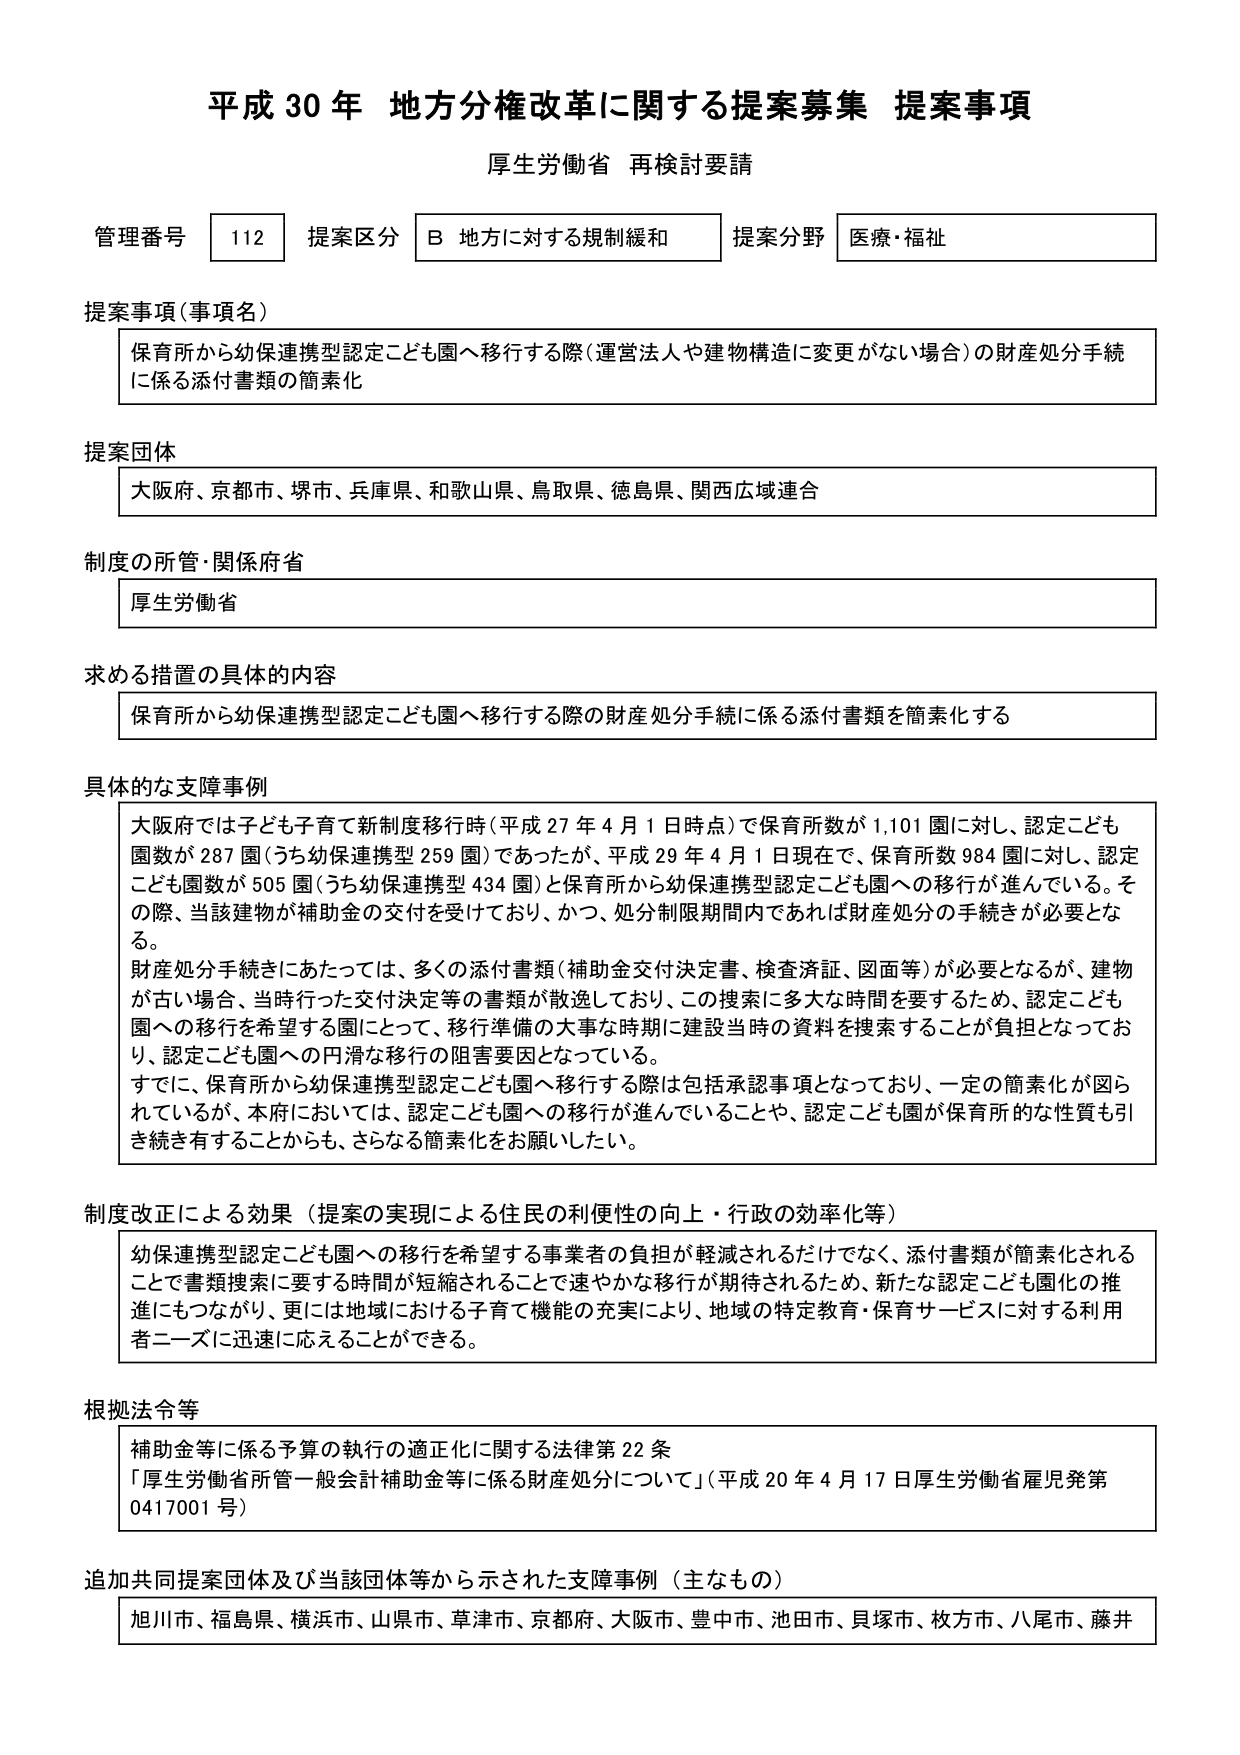
平成30年 地方分権改革に関する提案募集 提案事項
厚生労働省 再検討要請

管理番号 112 提案区分 B 地方に対する規制緩和 提案分野 医療・福祉

提案事項（事項名）
保育所から幼保連携型認定こども園へ移行する際（運営法人や建物構造に変更がない場合）の財産処分手続に係る添付書類の簡素化

提案団体
大阪府、京都市、堺市、兵庫県、和歌山県、鳥取県、徳島県、関西広域連合

制度の所管・関係府省
厚生労働省

求める措置の具体的内容
保育所から幼保連携型認定こども園へ移行する際の財産処分手続に係る添付書類を簡素化する

具体的な支障事例
大阪府では子ども子育て新制度移行時（平成27年4月1日時点）で保育所数が1,101園に対し、認定こども園数が287園（うち幼保連携型259園）であったが、平成29年4月1日現在で、保育所数984園に対し、認定こども園数が505園（うち幼保連携型434園）と保育所から幼保連携型認定こども園への移行が進んでいる。その際、当該建物が補助金の交付を受けており、かつ、処分制限期間内であれば財産処分の手続きが必要となる。
財産処分手続きにあたっては、多くの添付書類（補助金交付決定書、検査済証、図面等）が必要となるが、建物が古い場合、当時行った交付決定等の書類が散逸しており、この捜索に多大な時間を要するため、認定こども園への移行を希望する園にとって、移行準備の大事な時期に建設当時の資料を捜索することが負担となっており、認定こども園への円滑な移行の阻害要因となっている。
すでに、保育所から幼保連携型認定こども園へ移行する際は包括承認事項となっており、一定の簡素化が図られているが、本府においては、認定こども園への移行が進んでいることや、認定こども園が保育所的な性質も引き続き有することからも、さらなる簡素化をお願いしたい。

制度改正による効果（提案の実現による住民の利便性の向上・行政の効率化等）
幼保連携型認定こども園への移行を希望する事業者の負担が軽減されるだけでなく、添付書類が簡素化されることで書類捜索に要する時間が短縮されることで速やかな移行が期待されるため、新たな認定こども園化の推進にもつながり、更には地域における子育て機能の充実により、地域の特定教育・保育サービスに対する利用者ニーズに迅速に応えることができる。

根拠法令等
補助金等に係る予算の執行の適正化に関する法律第22条
「厚生労働省所管一般会計補助金等に係る財産処分について」（平成20年4月17日厚生労働省雇児発第0417001号）

追加共同提案団体及び当該団体等から示された支障事例（主なもの）
旭川市、福島県、横浜市、山県市、草津市、京都府、大阪市、豊中市、池田市、貝塚市、枚方市、八尾市、藤井